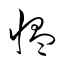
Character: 慍